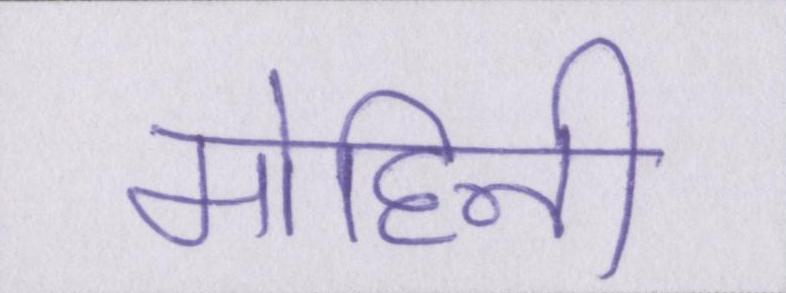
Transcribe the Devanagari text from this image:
मोहिनी